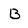
Character: B